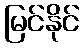
မြင်နိုင်